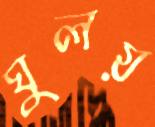
ঘুলয়